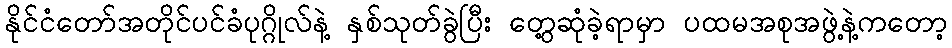
နိုင်ငံတော်အတိုင်ပင်ခံပုဂ္ဂိုလ်နဲ့ နှစ်သုတ်ခွဲပြီး တွေ့ဆုံခဲ့ရာမှာ ပထမအစုအဖွဲ့နဲ့ကတော့